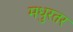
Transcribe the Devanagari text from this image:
मधुरतर